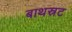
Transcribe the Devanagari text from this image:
बाथस्रट